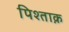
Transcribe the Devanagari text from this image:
पिश्ताक़